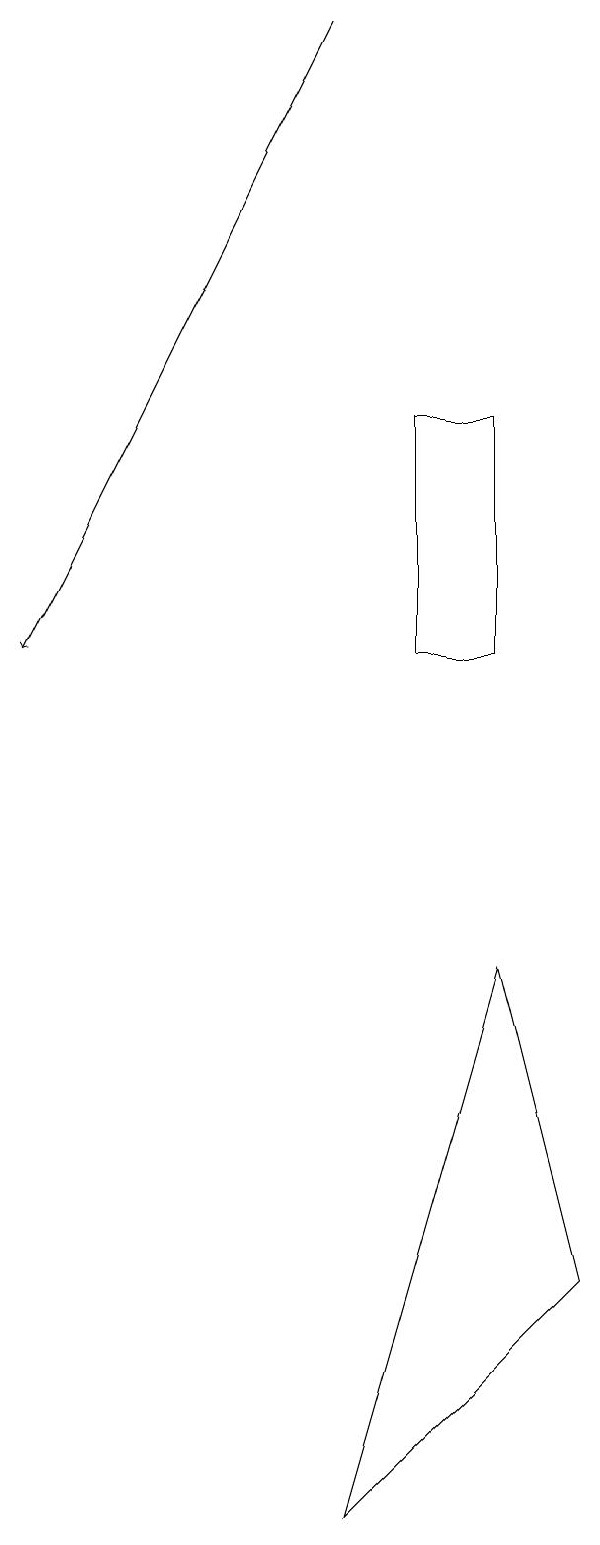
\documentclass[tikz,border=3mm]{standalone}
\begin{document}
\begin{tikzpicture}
\draw (6,11) rectangle (5,14);
\draw (4,0) -- (7,3) -- (6,7) -- cycle;
\draw[->] (4,19) -- (0,11);
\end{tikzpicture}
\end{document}